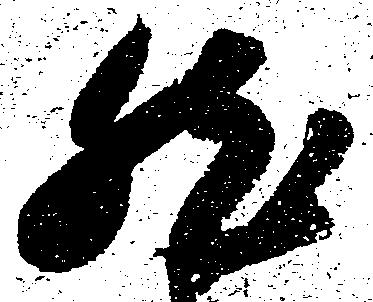
然